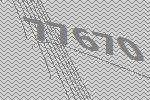
77670